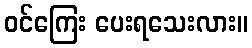
ဝင်ကြေး ပေးရသေးလား။